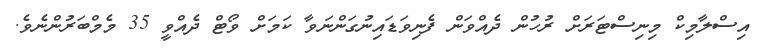
އިސްލާމިކް މިނިސްޓަރަށް ރުހުން ދެއްވަން ފެނިވަޑައިނުގަންނަވާ ކަމަށް ވޯޓް ދެއްވީ 35 މެމްބަރުންނެވެ.